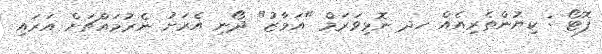
ފޮޓޯ : ކިޔުންތެރިއެއް ހދ ނޮޅިވަރަމް "އަމާޒު" ދޯނި އެރަށު ނެރުމައްޗަށް އަރައި